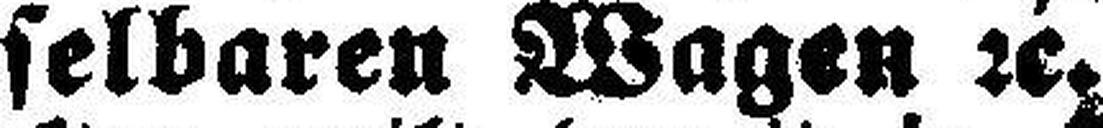
selbaren Wagen 2c.